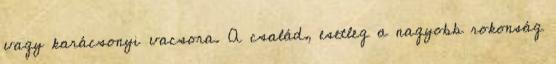
vagy karácsonyi vacsora. A család, esetleg a nagyobb rokonság